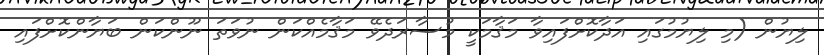
ލިޔުން (މި ލިޔުމުގައި އަދާކޮށްފައިވާ މަޤާމަކީ މުސާރަދެވޭ މަޤާމެއްކަން ނުވަތަ ނޫންކަން ބަޔާންކޮށްފައި